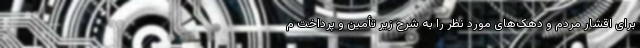
برای اقشار مردم و دهک‌های مورد نظر را به شرح زیر تأمین و پرداخت م